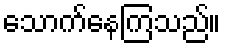
သောက်နေကြသည်။